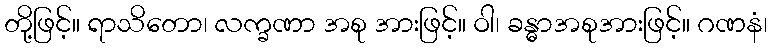
တို့ဖြင့်။ ရာသိတော၊ လက္ခဏာ အစု အားဖြင့်။ ဝါ၊ ခန္ဓာအစုအားဖြင့်။ ဂဏနံ၊